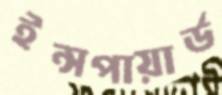
ইন্সপায়ার্ড